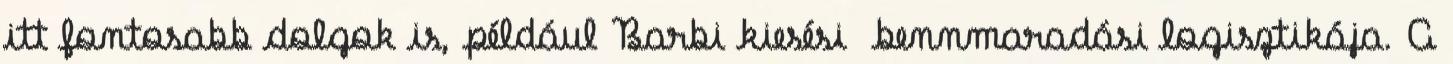
itt fontosabb dolgok is, például Barbi kiesési bennmaradási logisztikája. A